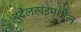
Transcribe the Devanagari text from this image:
बुंदेलखंडमधील